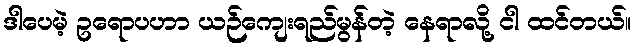
ဒါပေမဲ့ ဥရောပဟာ ယဉ်ကျေးရည်မွန်တဲ့ နေရာလို့ ငါ ထင်တယ်။